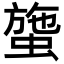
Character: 䗐